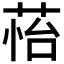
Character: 𦲀